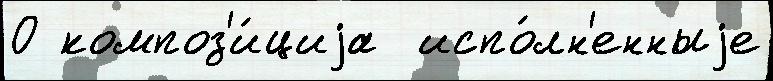
О композ'и́циjа  испо́лн'енныjе